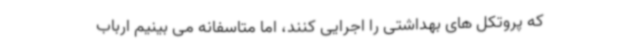
که پروتکل های بهداشتی را اجرایی کنند، اما متاسفانه می بینیم ارباب